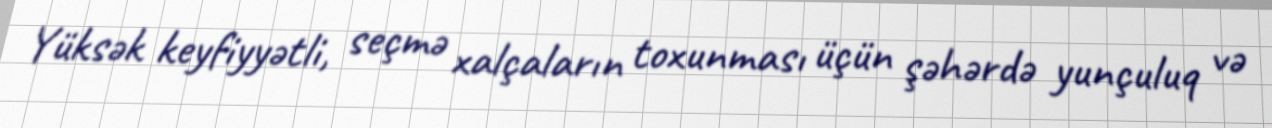
Yüksək keyfiyyətli, seçmə xalçaların toxunması üçün şəhərdə yunçuluq və